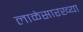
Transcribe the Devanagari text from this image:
लाळेसारख्या